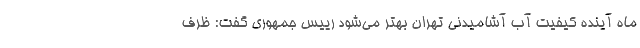
ماه آینده کیفیت آب آشامیدنی تهران بهتر می‌شود رییس جمهوری گفت: ظرف